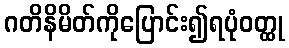
ဂတိနိမိတ်ကိုပြောင်း၍ရပုံဝတ္ထု